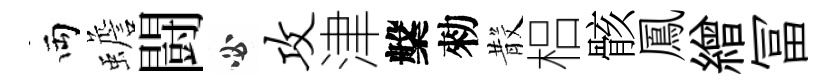
両蟾闘必攻津槃勑𣪚梠骸鳳繒冨